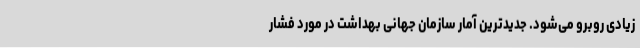
زیادی روبرو می‌شود. جدیدترین آمار سازمان جهانی بهداشت در مورد فشار